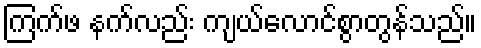
ကြက်ဖ နက်လည်း ကျယ်လောင်စွာတွန်သည်။